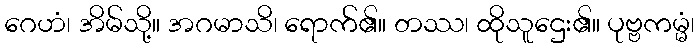
ဂေဟံ၊ အိမ်သို့။ အဂမာသိ၊ ရောက်၏။ တဿ၊ ထိုသူဌေး၏။ ပုဗ္ဗကမ္မံ၊